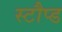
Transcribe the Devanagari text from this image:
स्टौप्ड